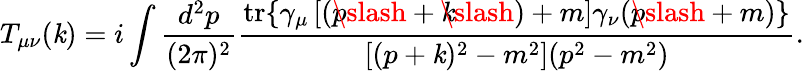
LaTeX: T_{\mu\nu}(\mathit{k})=i\int\frac{{d^{2}p}}{{(2\pi)^{2}}}\frac{{\mathrm{{tr}}\{ \gamma_{\mu}\left[(p\! \! \! \slash+\mathit{k}\! \! \! \slash)+m\right]\gamma_{\nu}(p\! \! \! \slash+m)\} }}{{\left[(p+\mathit{k})^{2}-m^{2}\right](p^{2}-m^{2})}}.